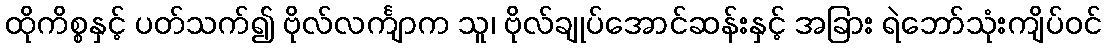
ထိုကိစ္စနှင့် ပတ်သက်၍ ဗိုလ်လင်္ကျာက သူ၊ ဗိုလ်ချုပ်အောင်ဆန်းနှင့် အခြား ရဲဘော်သုံးကျိပ်ဝင်